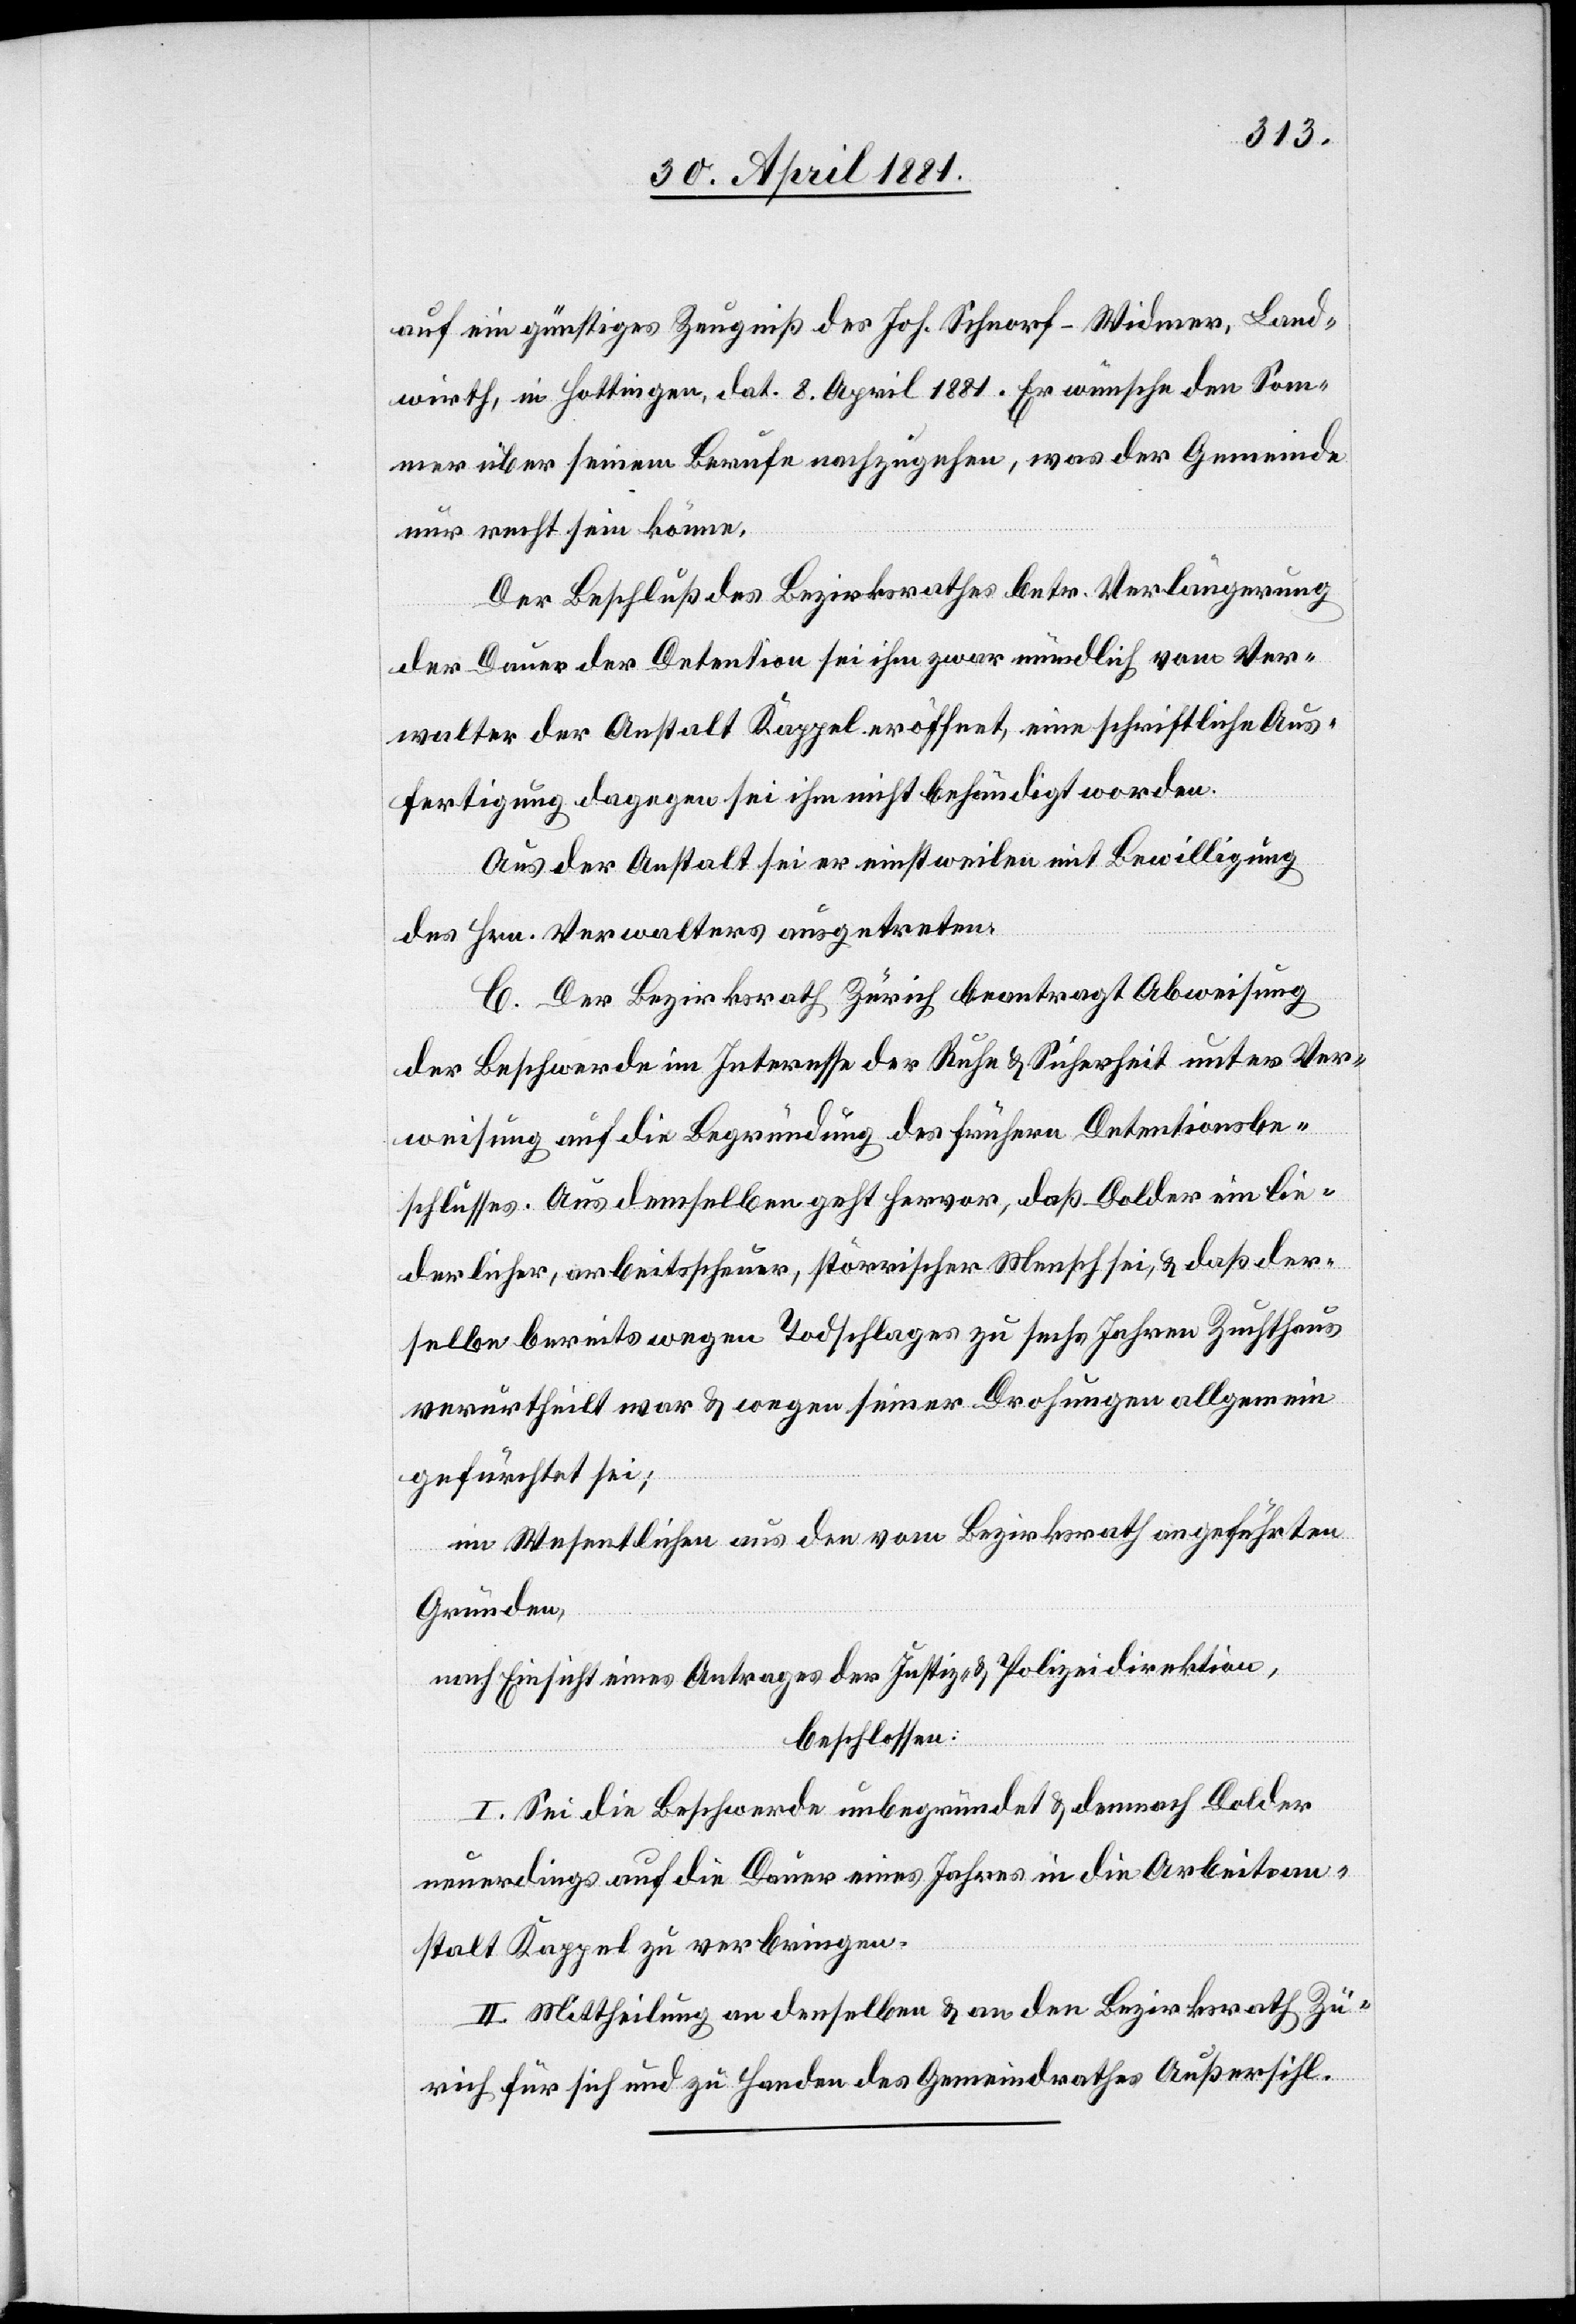
auf ein günstiges Zeugniß des Joh. Schnorf-Widmer, Land¬
wirth, in Hottingen, dat. 8. April 1881. Er wünsche den Som¬
mer über seinem Berufe nachzugehen, was der Gemeinde
nur recht sein könne.
Der Beschluß des Bezirksrathes betr. Verlängerung
der Dauer der Detention sei ihm zwar mündlich vom Ver¬
walter der Anstalt Kappel eröffnet, eine schriftliche Aus¬
fertigung dagegen sei ihm nicht behändigt worden.
Aus der Anstalt sei er einstweilen mit Bewilligung
des Hrn. Verwalters ausgetreten.
C. Der Bezirksrath Zürich beantragt Abweisung
der Beschwerde im Interesse der Ruhe & Sicherheit unter Ver¬
weisung auf die Begründung des frühern Detentionsbe¬
schlusses. Aus demselben geht hervor, daß Dolder ein lie¬
derlicher, arbeitsscheuer, störrischer Mensch sei, & daß der¬
selbe bereits wegen Todschlages zu sechs Jahren Zuchthaus
verurtheilt war & wegen seiner Drohungen allgemein
gefürchtet sei;
im Wesentlichen aus den vom Bezirksrath angeführten
Gründen,
nach Einsicht eines Antrages der Justiz- & Polizeidirektion,
beschlossen:
I. Sei die Beschwerde unbegründet & demnach Dolder
neuerdings auf die Dauer eines Jahres in die Arbeitsan¬
stalt Kappel zu verbringen.
II. Mittheilung an denselben & an den Bezirksrath Zü¬
rich für sich und zu Handen des Gemeindrathes Außersihl.